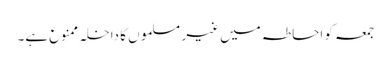
جمعہ کو احاطہ میں غیر مسلموں کا داخلہ ممنوع ہے۔